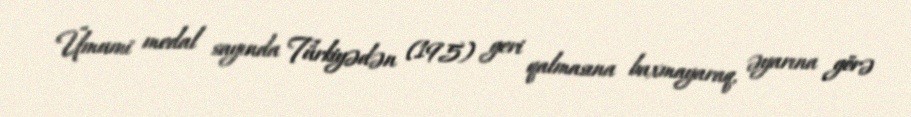
Ümumi medal sayında Türkiyədən (195) geri qalmasına baxmayaraq, əyarına görə